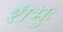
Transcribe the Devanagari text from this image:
शंभुः